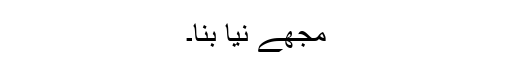
مجھے نیا بنا۔